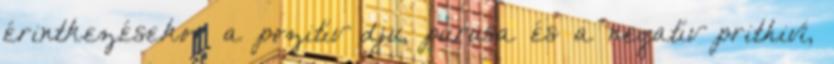
érintkezésekor a pozitív dju, purusa és a negatív prithiví,